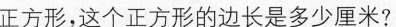
正方形，这个正方形的边长是多少厘米?